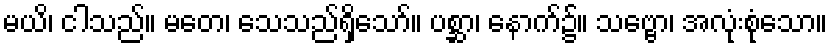
မယိ၊ ငါသည်။ မတေ၊ သေသည်ရှိသော်။ ပစ္ဆာ၊ နောက်၌။ သဗ္ဗော၊ အလုံးစုံသော။